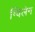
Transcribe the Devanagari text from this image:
ग्विलेन